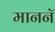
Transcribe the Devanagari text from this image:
माननॅ